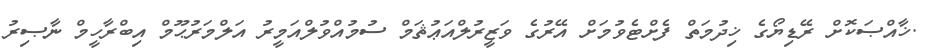
.ޚާއްޞަކޮށް ރޭޑިޔޯގެ ޚިދުމަތް ފެށްޓެވުމަށް އޭރުގެ ވަޒީރުލްއަޢުޘަމް ސުމުއްވުލްއަމީރު އަލްމަރުޙޫމް އިބްރާހީމް ނާޞިރު